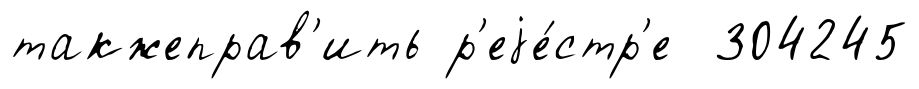
такжеправ'ить р'еjе́стр'е 304245